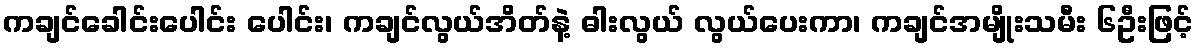
ကချင်ခေါင်းပေါင်း ပေါင်း၊ ကချင်လွယ်အိတ်နဲ့ ဓါးလွယ် လွယ်ပေးကာ၊ ကချင်အမျိုးသမီး ၆ဦးဖြင့်